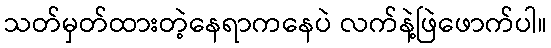
သတ်မှတ်ထားတဲ့နေရာကနေပဲ လက်နဲ့ဖြဲဖောက်ပါ။